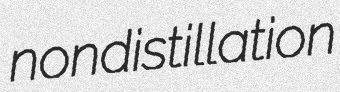
nondistillation